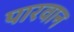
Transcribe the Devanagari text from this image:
पारवान